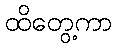
ထိတွေ့ကာ